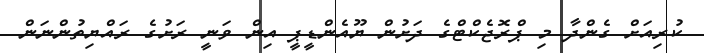
ކުރިއަށް ގެންދާ މި ޕްރޮޖެކްޓްގެ ދަށުން ޔޫއެންޑީޕީ އިން ވަނީ ރަށުގެ ރައްޔިތުންނަން